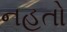
નહતો